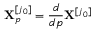
\mathbf { X } _ { p } ^ { [ j _ { 0 } ] } = \frac { d } { d p } \mathbf { X } ^ { [ j _ { 0 } ] }